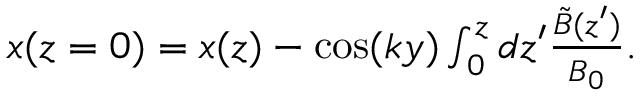
\begin{array} { r } { x ( z = 0 ) = x ( z ) - \cos ( k y ) \int _ { 0 } ^ { z } d z ^ { \prime } \frac { \tilde { B } ( z ^ { \prime } ) } { B _ { 0 } } . } \end{array}